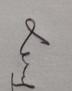
Signature authenticity: genuine